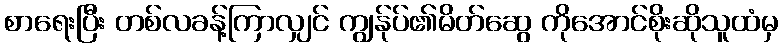
စာရေးပြီး တစ်လခန့်ကြာလျှင် ကျွန်ုပ်၏မိတ်ဆွေ ကိုအောင်စိုးဆိုသူထံမှ